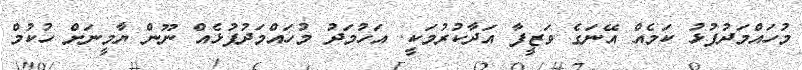
މުހައްމަދުފުޅު ކަމެއް އޭނަގެ ވަޒީފާ އަދާކުރުމަކީ. އަހުމަދު މުހައްމަދުފުޅެއް ނޫން ޔާމީނަށް ހުކުމް